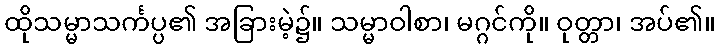
ထိုသမ္မာသင်္ကပ္ပ၏ အခြားမဲ့၌။ သမ္မာဝါစာ၊ မဂ္ဂင်ကို။ ဝုတ္တာ၊ အပ်၏။